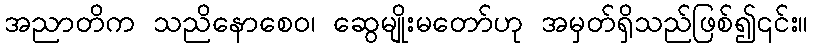
အညာတိက သညိနောစေဝ၊ ဆွေမျိုးမတော်ဟု အမှတ်ရှိသည်ဖြစ်၍၎င်း။